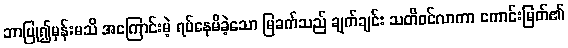
ဘာပြု၍မှန်းမသိ အကြောင်းမဲ့ ရပ်နေမိခဲ့သော မြခက်သည် ချက်ချင်း သတိဝင်လာကာ ကောင်းမြတ်၏